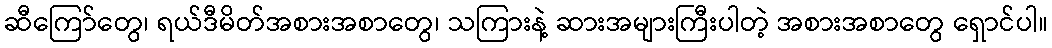
ဆီကြော်တွေ၊ ရယ်ဒီမိတ်အစားအစာတွေ၊ သကြားနဲ့ ဆားအများကြီးပါတဲ့ အစားအစာတွေ ရှောင်ပါ။